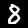
Label: 8